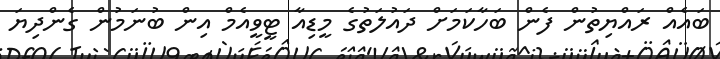
ބައެއް ރައްޔިތުން ފެން ބަހާކަމަށް ދައުލަތުގެ މީޑިއާ ޓީވީއެމް އިން ބުނަމުން ގެންދިޔަ